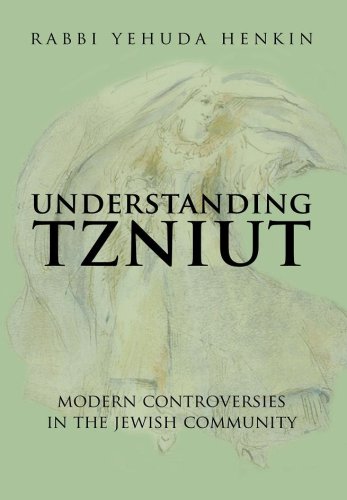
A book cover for Understanding Tzniut: Modern Controversies in the Jewish Community; Yehuda Henkin; Religion & Spirituality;